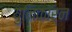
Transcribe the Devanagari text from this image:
युनिकॉर्न